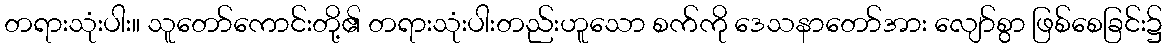
တရားသုံးပါး။ သူတော်ကောင်းတို့၏ တရားသုံးပါးတည်းဟူသော စက်ကို ဒေသနာတော်အား လျော်စွာ ဖြစ်စေခြင်း၌